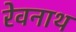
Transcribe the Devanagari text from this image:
रेवनाथ